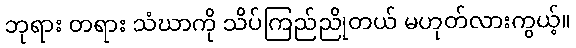
ဘုရား တရား သံဃာကို သိပ်ကြည်ညိုတယ် မဟုတ်လားကွယ့်။